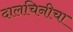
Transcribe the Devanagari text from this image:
दालचिनीचा